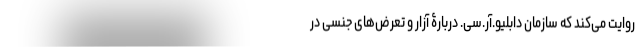
روایت می‌کند که سازمان دابلیو.آر.سی. دربارۀ آزار و تعرض‌های جنسی در